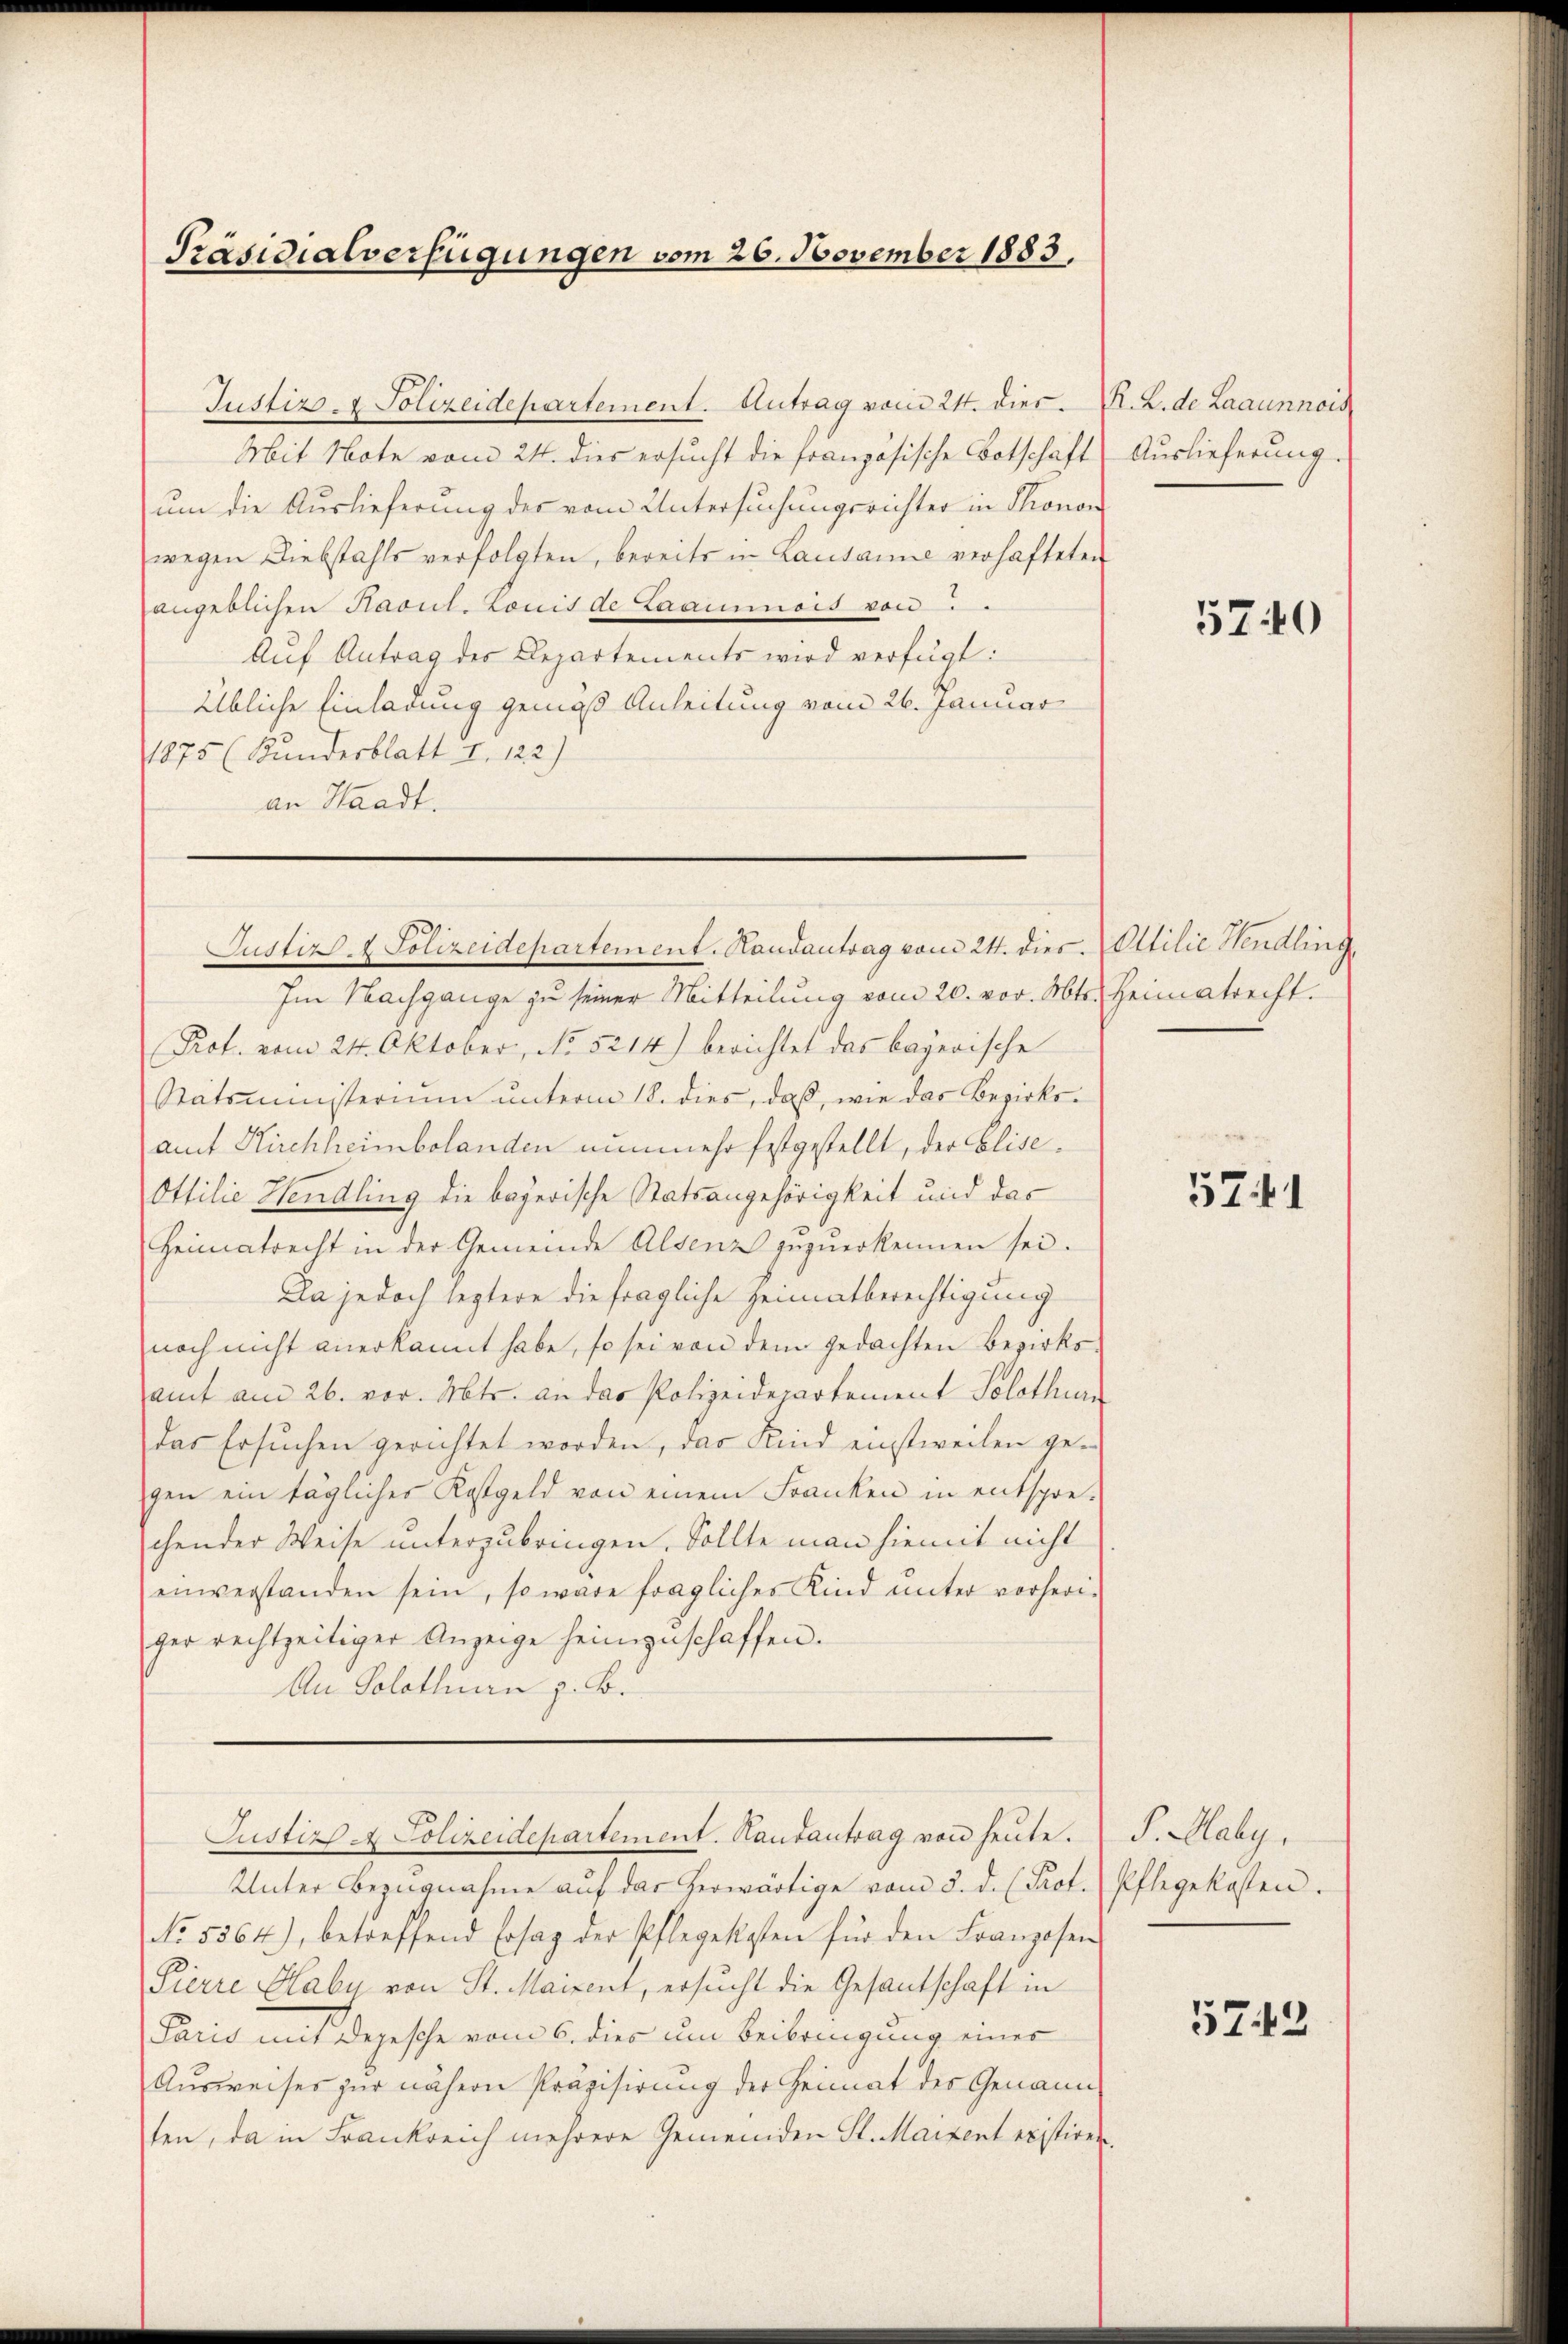
Präsidialverfügungen vom 26. November 1883.

Justiz- & Polizeidepartement. Antrag vom 24. dies. A. L. de Laaunnois
Mit Note vom 24. dies ersucht die französische Botschaft
um die Auslieferung der vom Untersuchungsrichter in Thonor
wegen Liebstahls verfolgten, bereits in Lausanne verhafteten
angeblichen Haout. Louis de Laaumnois von
Auf Antrag des Departements wird verfügt:
Übliche Einladung gemäß Anleitung vom 26. Januar
1875 (Kundesblatt I. 122)
an Waadt.

Justiz- & Polizeidepartement. Handantrag vom 24. dies Attilie Hendling

Im Nachgange zu seiner Mitteilung vom 20. vor. Mts. Heimatrecht.
Prof. vom 24. Oktober, No 5214) berichtet das bayerische
Statsministerium unterm 18. dies, daß, wie das Bezirksamt Kirchheimbolanden nunmehr festgestellt, der Elise¬
Ottilie Hendling die bayerische Statsangehörigkeit und das
Heimatrecht in der Gemeinde Alsenz zuzuerkennen sei.
Da jedoch leztere die fragliche Heimatberechtigung
noch nicht anerkannt habe, so sei von dem gedachten Bezirksamt am 26. vor. Mts. an das Polizeidepartement Solothurn
das Ersuchen gerichtet worden, das Kind einstweilen ge-
gen ein tägliches Kostgeld von einem Franken in entspre-
chender Weise unterzubringen. Sollte man hiemit nicht
einverstanden sein, so wäre fragliches Kind ŭnter vorheri-
ger rechtzeitiger Anzeige heimzuschaffen.
An Solothurn z. B.
Justiz. Polizeidepartement. Kausantrag von heute.
Unter Bezugnahme aŭf das herwärtige vom 5. d. (Prot. (Pflegekosten.
No. 5564), betreffend Ersaz der Pflegekosten für den Franzosen
Pierre Haby von St. Maizent, ersŭcht die Gesantschaft in
Paris mit Depesche vom 6. dies um Beibringung eines
Ausweises zur nähern Präzisirung der Heimat des Genann
ten, da in Frankreich mehrere Gemeinden St. Maizent existiren.

Auslieferung.

5740

5741

S. Maly,

5743